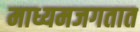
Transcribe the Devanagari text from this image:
माध्यमजगतात